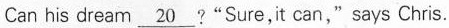
Can his dream \underline{20}? "Sure, it can," says Chris.